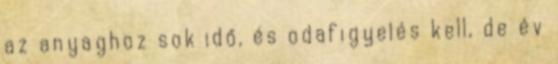
az anyaghoz sok idő, és odafigyelés kell, de év